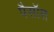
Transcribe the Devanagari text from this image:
पैसॉस